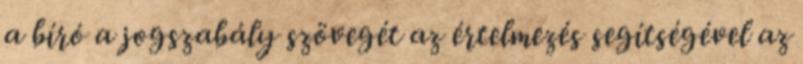
a bíró a jogszabály szövegét az értelmezés segítségével az